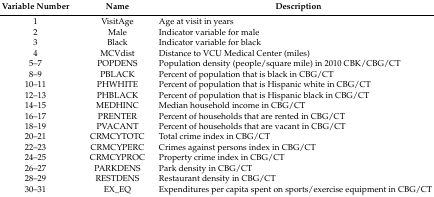
| Variable Number | Name | Description |
 | --- | --- | --- |
 | 1 | VisitAge | Age at visit in years |
 | 2 | Male | Indicator variable for male |
 | 3 | Black | Indicator variable for black |
 | 4 | MCVdist | Distance to VCU Medical Center (miles) |
 | 5–7 | POPDENS | Population density (people/square mile) in 2010 CBK/CBG/CT |
 | 8–9 | PBLACK | Percent of population that is black in CBG/CT |
 | 10–11 | PHWHITE | Percent of population that is Hispanic white in CBG/CT |
 | 12–13 | PHBLACK | Percent of population that is Hispanic black in CBG/CT |
 | 14–15 | MEDHINC | Median household income in CBG/CT |
 | 16–17 | PRENTER | Percent of households that are rented in CBG/CT |
 | 18–19 | PVACANT | Percent of households that are vacant in CBG/CT |
 | 20–21 | CRMCYTOTC | Total crime index in CBG/CT |
 | 22–23 | CRMCYPERC | Crimes against persons index in CBG/CT |
 | 24–25 | CRMCYPROC | Property crime index in CBG/CT |
 | 26–27 | PARKDENS | Park density in CBG/CT |
 | 28–29 | RESTDENS | Restaurant density in CBG/CT |
 | 30–31 | EX_EQ | Expenditures per capita spent on sports/exercise equipment in CBG/CT |